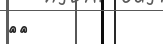
٣٩